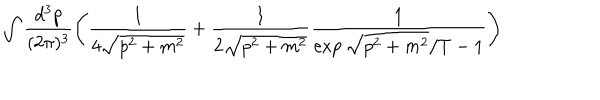
\int \frac { d ^ { 3 } p } { ( 2 \pi ) ^ { 3 } } \left( \frac { 1 } { 4 \sqrt { p ^ { 2 } + m ^ { 2 } } } + \frac { 1 } { 2 \sqrt { p ^ { 2 } + m ^ { 2 } } } \frac { 1 } { \exp { \sqrt { p ^ { 2 } + m ^ { 2 } } / T } - 1 } \right)